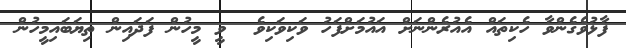
ފާޅުވެގެންވާ ހެކިތައް އެއުރެންނަށް އައުމަށްފަހު ވަކިވަކިވެ  ވީ މީހުން ފަދައިން ތިޔަބައިމީހުން